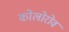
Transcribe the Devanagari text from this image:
कोलोरोव